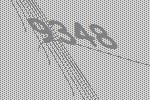
9348